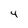
Character: 4